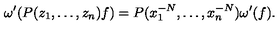
\omega ^ { \prime } ( P ( z _ { 1 } , \dots , z _ { n } ) f ) = P ( x _ { 1 } ^ { - N } , \dots , x _ { n } ^ { - N } ) \omega ^ { \prime } ( f ) .